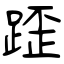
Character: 𨂿